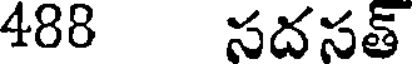
488 సదసత్